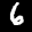
Label: 6